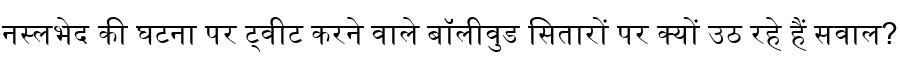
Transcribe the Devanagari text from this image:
नस्लभेद की घटना पर ट्वीट करने वाले बॉलीवुड सितारों पर क्यों उठ रहे हैं सवाल?